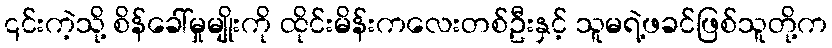
၎င်းကဲ့သို့ စိန်ခေါ်မှုမျိုးကို ထိုင်းမိန်းကလေးတစ်ဦးနှင့် သူမရဲ့ဖခင်ဖြစ်သူတို့က